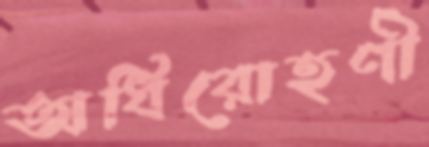
অধিরোহণী